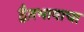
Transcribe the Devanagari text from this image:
द्वैतभावाचा